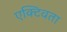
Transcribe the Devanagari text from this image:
एक्टिवता